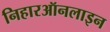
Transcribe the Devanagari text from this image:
निहारऑनलाइन